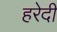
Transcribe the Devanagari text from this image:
हरेदी